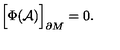
\Bigr [ \Phi ( { \cal A } ) \Bigr ] _ { \partial M } = 0 .